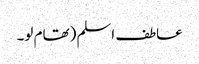
عاطف اسلم (تھام لو۔